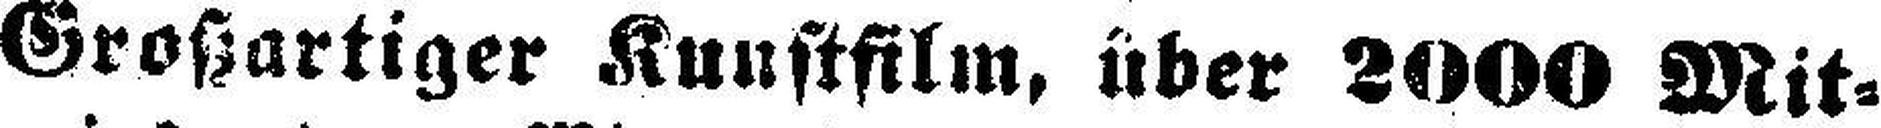
Großartiger Kunstfilm, über 2000 Mit¬